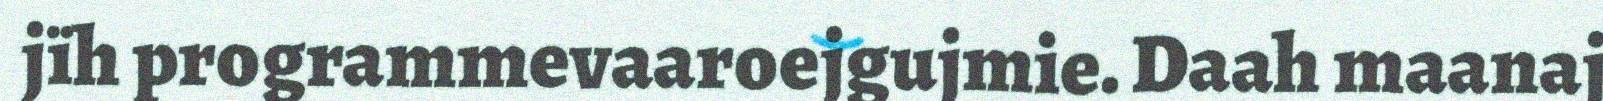
jïh programmevaaroejgujmie. Daah maanaj